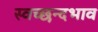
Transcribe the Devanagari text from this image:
स्वच्छन्दभाव